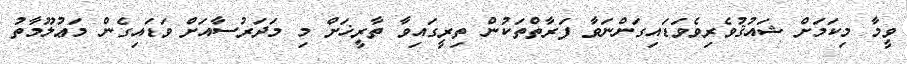
ވީމާ މިކަމަށް ޝައުޤުވެރިވެވަޑައިގަންނަވާ ފަރާތްތަކުން ތިރީގައިވާ ތާރީޚަށް މި މަދަރުސާއަށް ވަޑައިގެން މަޢުލޫމާތު